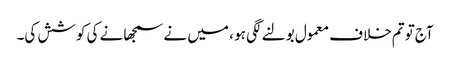
آج توتم خلاف معمول بولنے لگی ہو ، میں نے سمجھانے کی کوشش کی۔